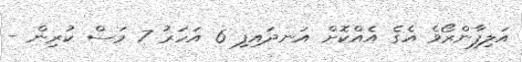
އަލިފާންރޯވެ އެގެ އެއްކޮށް އަނދައިފި 6 އަހަރު 7 މަސް ކުރިން -